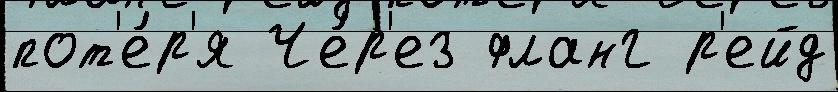
пот'е́р'я Че́р'ез фланг р'ейд